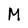
Character: M